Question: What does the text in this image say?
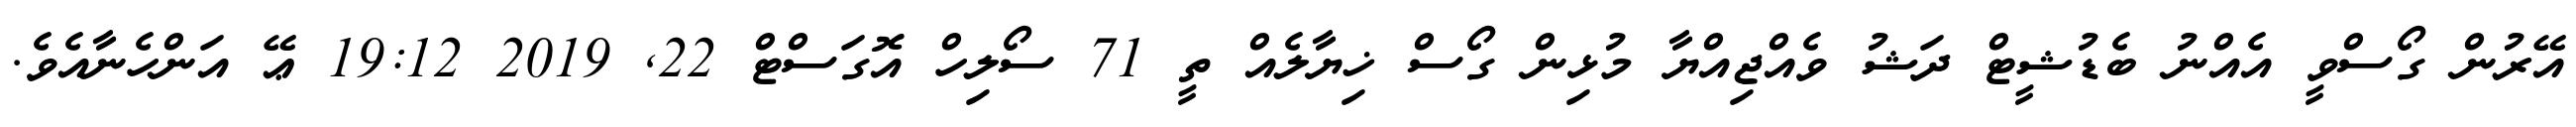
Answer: އޭރުން ގޯސްވީ އެއްނު ބެޑުޝީޓް ދަޝު ވެއްޖިއްޔާ މުޅިން ގޯސް ޚިޔާލެއް ތީ 71 ސޯލިހް އޮގަސްޓް 22, 2019 19:12 ޢޭ އަންހެނާއެވެ.